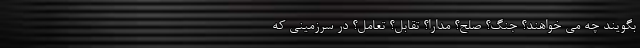
بگویند چه می خواهند؟ جنگ؟ صلح؟ مدارا؟ تقابل؟ تعامل؟ در سرزمینی که